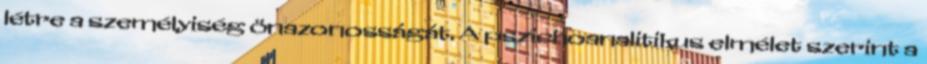
létre a személyiség önazonosságát. A pszichoanalitikus elmélet szerint a